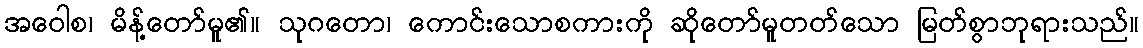
အဝေါစ၊ မိန့်တော်မူ၏။ သုဂတော၊ ကောင်းသောစကားကို ဆိုတော်မူတတ်သော မြတ်စွာဘုရားသည်။